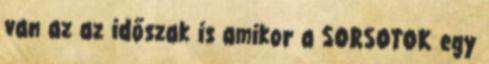
van az az időszak is amikor a SORSOTOK egy